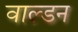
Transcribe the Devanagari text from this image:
वाल्डन